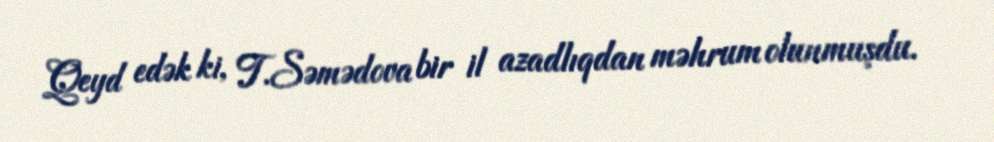
Qeyd edək ki, T.Səmədova bir il azadlıqdan məhrum olunmuşdu.